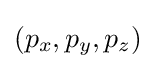
(p_{x},p_{y},p_{z})